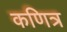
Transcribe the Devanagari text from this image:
कणित्र